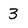
Character: 3